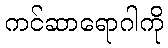
ကင်ဆာရောဂါကို